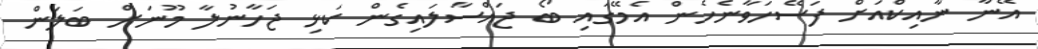
އޭނާ ނާއިކްއަށް ފަސޭހަވާނެހެން އެމޭގައި ބޯ ޖައްސާލައިގެން ކަޅި ޖަހާނުލާ މޫނަށް ބަލަން